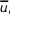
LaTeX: { \overline { { u } } } ,